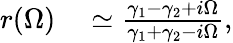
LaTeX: \begin{array}{rl}{r(\Omega)}&{{}\simeq\frac{\gamma_{1}-\gamma_{2}+i\Omega}{\gamma_{1}+\gamma_{2}-i\Omega},}\end{array}